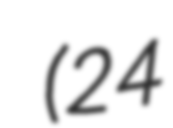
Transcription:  (24